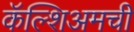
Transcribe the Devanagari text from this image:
कॅल्शिअमची